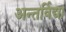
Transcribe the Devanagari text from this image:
अन्तर्विद्या